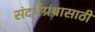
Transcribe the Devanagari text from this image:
संदर्भग्रंथासाठी